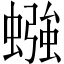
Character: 𫋙